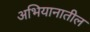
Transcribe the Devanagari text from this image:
अभियानातील